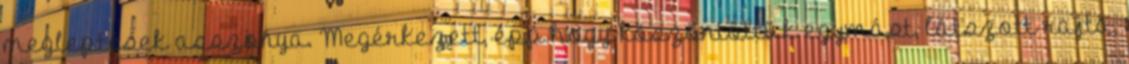
megleptések asszonya. Megérkezett, épp hogy köszöntöttük egymást, látszott rajta,